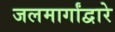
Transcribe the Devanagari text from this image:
जलमार्गांद्वारे